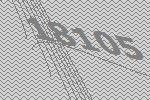
18105